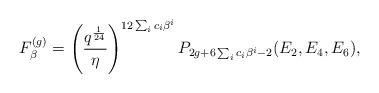
LaTeX: \begin{align*}F^{(g)}_{\beta} = \left(\frac{q^{\frac{1}{24}}}{\eta}\right)^{12 \sum_i c_i \beta^i} P_{2g+6\sum_i c_i \beta^i -2}(E_2,E_4,E_6),\end{align*}